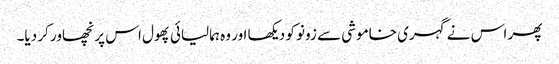
پھر اس نے گہری خاموشی سے زونو کو دیکھا اور وہ ہمالیائی پھول اس پر نچھاور کر دیا۔